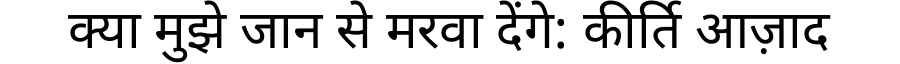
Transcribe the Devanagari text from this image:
क्या मुझे जान से मरवा देंगे: कीर्ति आज़ाद